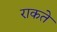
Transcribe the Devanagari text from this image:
राकते